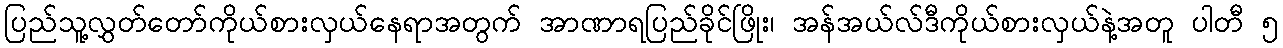
ပြည်သူ့လွှတ်တော်ကိုယ်စားလှယ်နေရာအတွက် အာဏာရပြည်ခိုင်ဖြိုး၊ အန်အယ်လ်ဒီကိုယ်စားလှယ်နဲ့အတူ ပါတီ ၅